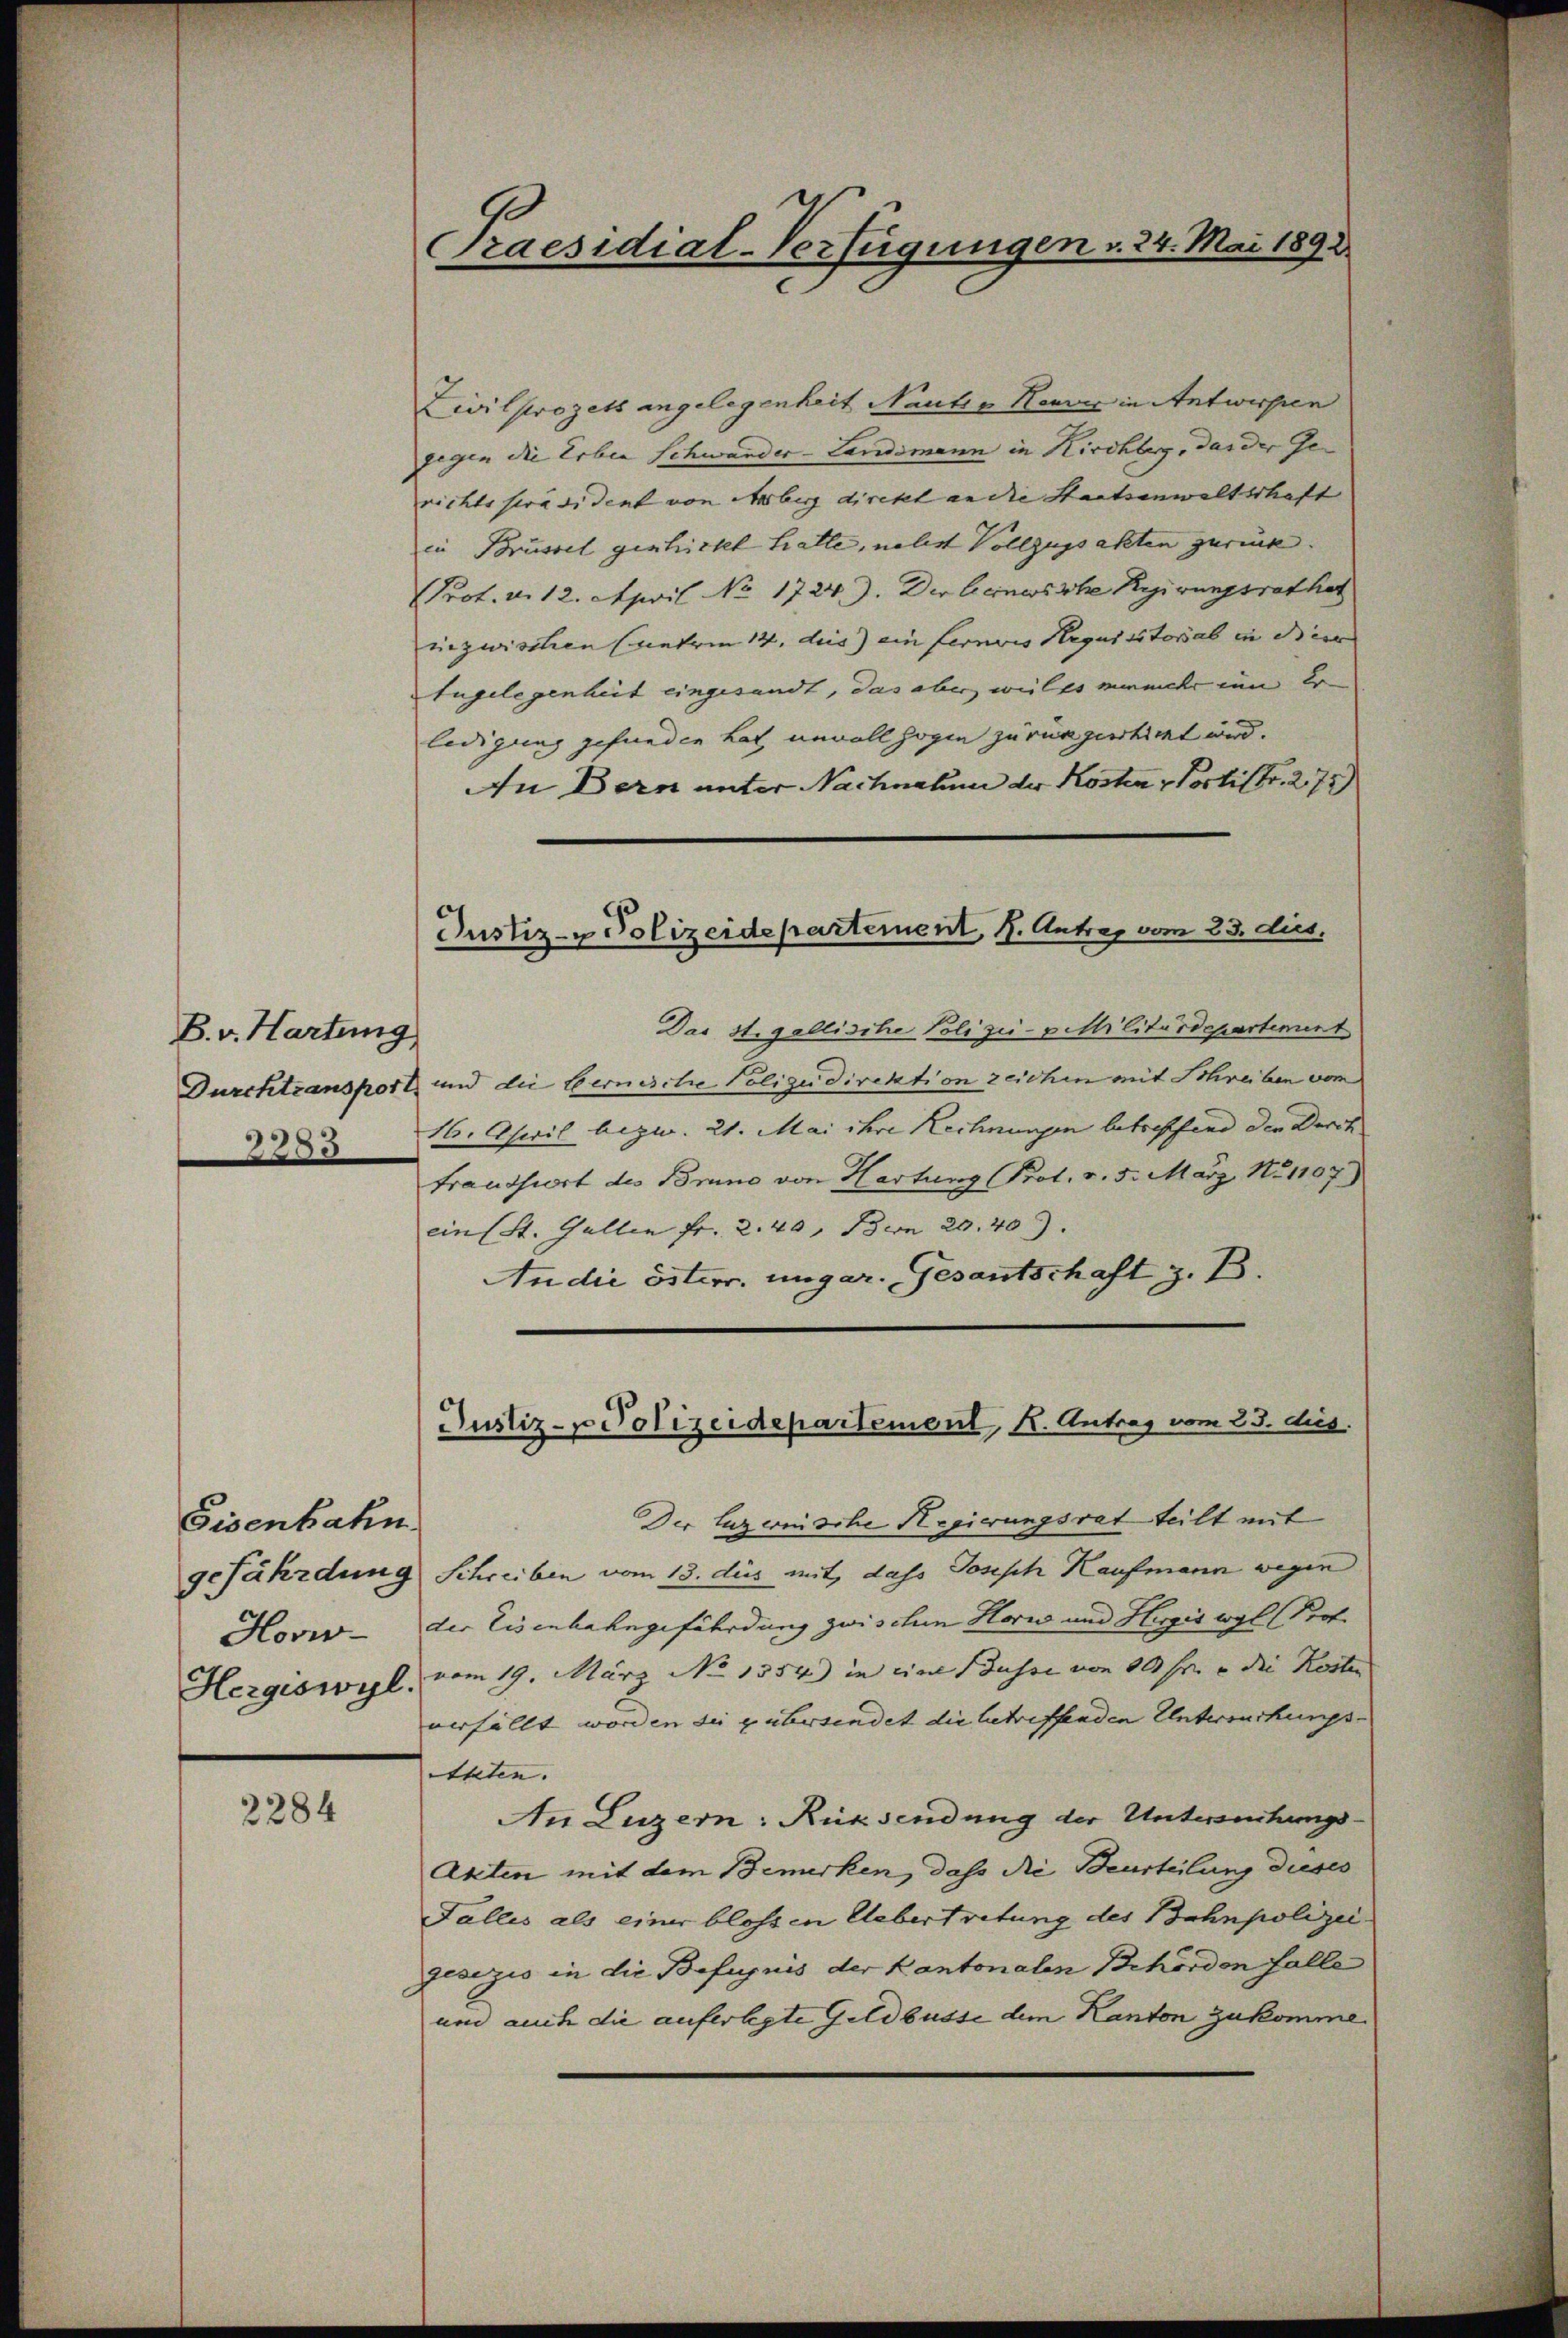
B. v. Hartung
2383

Eisenbahn
Hovi-
Hergiswyl.

2284

Praesidial-Verfügungen v. 24. Mai 1891

Justiz- & Polizeidepartement, H. Antrag vom 23. dies.

Civilprozett angelegenheit Nauts Neuve in Antworfen
gegen die Erben Schwander-Landsmann in Kirchler, das der Ge-
richtsspräsident von Arberg direkt an die Staatsanwaltschaft |
in Brüssel geschickt hatte, nebst Vollzugsakten zurück.
Prot. v. 12. April No 1724). Der beinwische Regierungsrathet
inzwischen (unterm 14. des ein ferners Requisitorial in dieer
Eugelegenheit eingesandt, das aber welts mermehr zum Er
ledigung gefunden hat, unvollzogen zurükgetiret wird.
In Bern unter Nachnahme der Kosten Portistr. 275)
Das Stigallische Polizei-pitilitärdepartement
Durchtransport und die Bernische Polizeidirektion zeichen mit Schreiben vom
16. April bezw. 21. Mai ihre Rechnungen betreffend der Durch
trandsort des Bruno von Hartung Prot. v. 5. März. No 1107)
ein (St. Gallen fr. 2. 40, Bern 20. 40
An die österr. ungar. Gesantschaft z. B.
Der Luzernische Regierungsrat teilt mit
gefährdung Schreiben vom 13. des mit, dass Joseph Kaufmann wegen
der Eisenbahngefährdung zwischen Horn und Hergiswyl Prof.
vom 19. März No 1354) in eine Busse von 80 fr. u die Kosten
verfällt worden die gubersendet die betreffenden Untersuchungs-
Alten.
An Luzern: Rüksendung der Untersuchungs¬
Akten mit dem Bemerken, dass die Beurteilung dieses
Falles als einer blossen Uebertretung des Bahnpolizei
gesezis in die Befugnis der Kantonalen Behörden Falle
um auch die auferlegte Geldbusse dem Kanton zukomme.

Justiz- & Polizeidepartement, K. Antrag vom 23. ds.